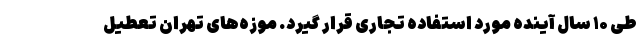
طی ۱۰ سال آینده مورد استفاده تجاری قرار گیرد. موزه‌های تهران تعطیل